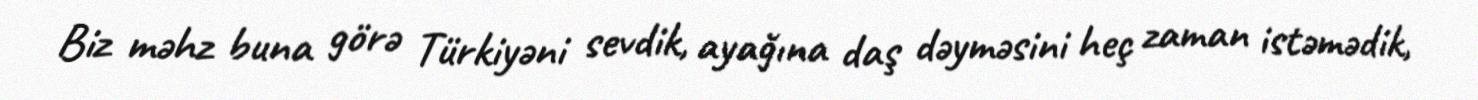
Biz məhz buna görə Türkiyəni sevdik, ayağına daş dəyməsini heç zaman istəmədik,